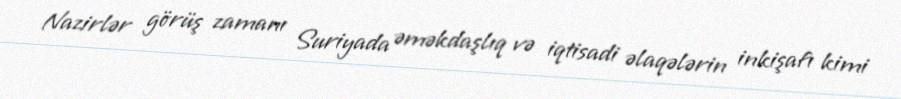
Nazirlər görüş zamanı Suriyada əməkdaşlıq və iqtisadi əlaqələrin inkişafı kimi